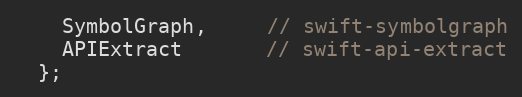
Language: C
    SymbolGraph,     // swift-symbolgraph
    APIExtract       // swift-api-extract
  };